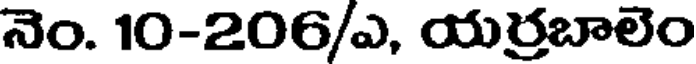
నెం. 10-206/ఎ, యర్రబాలెం